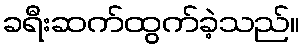
ခရီးဆက်ထွက်ခဲ့သည်။